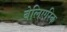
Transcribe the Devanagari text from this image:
बेलिएरिक